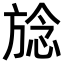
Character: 𪯺